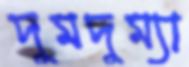
দুমদুম্যা